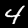
Label: 4